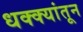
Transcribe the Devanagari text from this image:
धक्क्यांतून